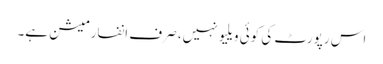
اس رپورٹ کی کوئی ویلیو نہیں، صرف انفارمیشن ہے۔